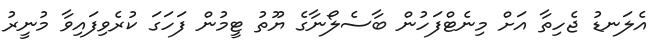
އެލަނޑު ޖެހިތާ އަށް މިނެޓްފަހުން ބާސެލޯނާގެ ޔޫތު ޓީމުން ފަހަގަ ކުރެވިފައިވާ މުނީރު